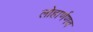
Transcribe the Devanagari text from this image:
लोहार्णणव